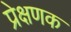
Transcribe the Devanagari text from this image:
प्रेक्षणक